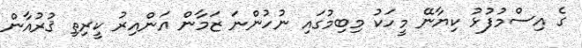
ގެ އިސްމުފުޅު ކިޔާނޭ މީހަކު މިބިމުގައި ނުހުންނަ ޒަމާން އަންއިރު ކީރިތި ޤުރުއާން